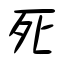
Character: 死